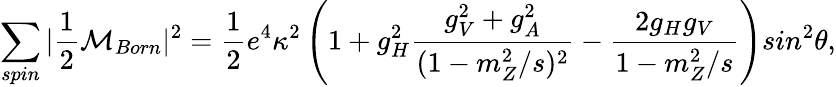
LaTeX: \sum_{spin}|\frac{1}{2}{\cal M}_{Born}|^{2}=\frac{1}{2}e^{4}\kappa^{2}\left(1+g_{H}^{2}\frac{g_{V}^{2}+g_{A}^{2}}{(1-m_{Z}^{2}/s)^{2}}-\frac{2g_{H}g_{V}}{1-m_{Z}^{2}/s}\right)sin^{2}\theta,